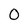
Character: 0